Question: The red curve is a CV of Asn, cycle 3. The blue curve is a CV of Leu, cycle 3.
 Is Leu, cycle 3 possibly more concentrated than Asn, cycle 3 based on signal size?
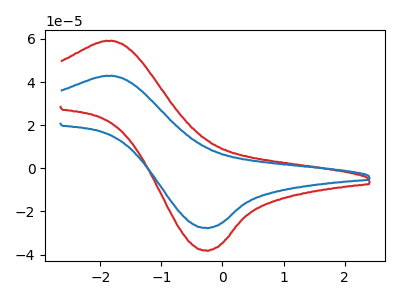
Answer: <think>The red curve "Asn, cycle 3" has an anodic peak at (-1.85V, 59.00uA) and a cathodic peak at (-0.25V, -38.20uA). The blue curve "Leu, cycle 3" has an anodic peak at (-1.85V, 42.85uA) and a cathodic peak at (-0.25V, -27.70uA).
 All the peaks in "Leu, cycle 3" have a peak in "Asn, cycle 3" at the same potential. Every peak in "Leu, cycle 3" is lower than every peak in "Asn, cycle 3".</think>
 <answer>"Leu, cycle 3" has less signal than "Asn, cycle 3".</answer>
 <eval>less_signal</eval>